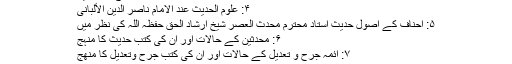
۳: موسوعۃ المدلسین
۴: علوم الحدیث عند الامام ناصر الدین الألبانی
۵: احناف کے اصولِ حدیث استاد محترم محدث العصر شیخ ارشاد الحق حفظہ اللہ کی نظر میں
۶: محدثین کے حالات اور ان کی کتب حدیث کا منہج
۷: ائمہ جرح و تعدیل کے حالات اور ان کی کتبِ جرح وتعدیل کا منھج
۸: ائمہ قراء ت جرح وتعدیل کی میزان میں ۔